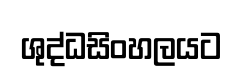
ශුද්ධසිංහලයට